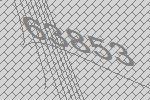
63853